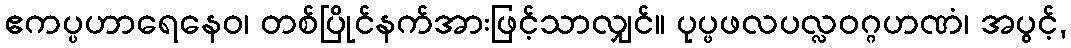
ဧကပ္ပဟာရေနေဝ၊ တစ်ပြိုင်နက်အားဖြင့်သာလျှင်။ ပုပ္ဖဖလပလ္လဝဂ္ဂဟဏံ၊ အပွင့်,